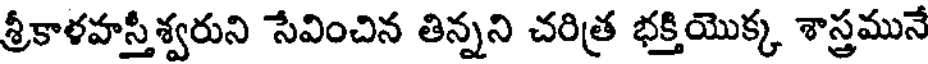
శ్రీకాళహస్తీశ్వరుని సేవించిన తిన్నని చరిత్ర భక్తియొక్క శాస్త్రమునే